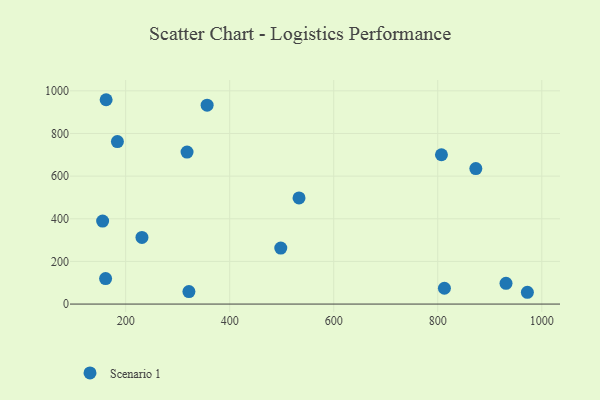
{"axis": {"x": "Speed", "y": "Salary"}, "legend": ["Scenario 1"], "data": [{"x": "155.7", "y": 389.1, "type": "Scenario 1"}, {"x": "231.3", "y": 312.5, "type": "Scenario 1"}, {"x": "807.1", "y": 700.2, "type": "Scenario 1"}, {"x": "318.0", "y": 712.8, "type": "Scenario 1"}, {"x": "321.6", "y": 58.7, "type": "Scenario 1"}, {"x": "931.2", "y": 97.5, "type": "Scenario 1"}, {"x": "972.3", "y": 55.3, "type": "Scenario 1"}, {"x": "161.4", "y": 119.4, "type": "Scenario 1"}, {"x": "812.8", "y": 74.1, "type": "Scenario 1"}, {"x": "873.2", "y": 635.4, "type": "Scenario 1"}, {"x": "356.6", "y": 932.8, "type": "Scenario 1"}, {"x": "162.4", "y": 958.3, "type": "Scenario 1"}, {"x": "533.3", "y": 498.0, "type": "Scenario 1"}, {"x": "184.1", "y": 762.1, "type": "Scenario 1"}, {"x": "498.2", "y": 262.5, "type": "Scenario 1"}]}